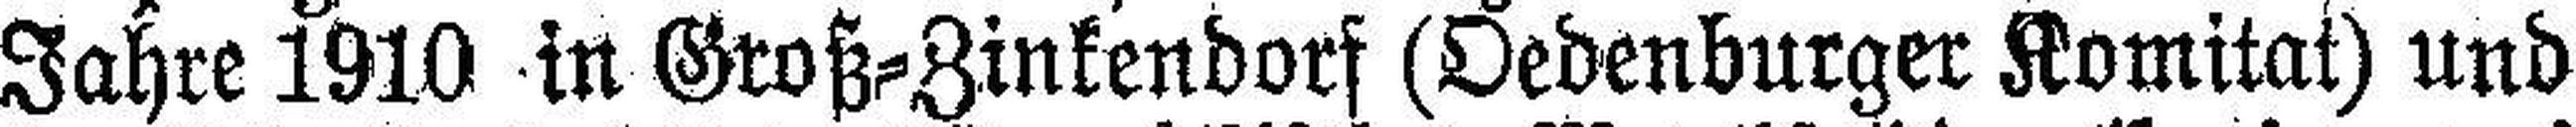
Jahre 1910 in Groß=Zinkendorf (Oedenburger Komitat) und